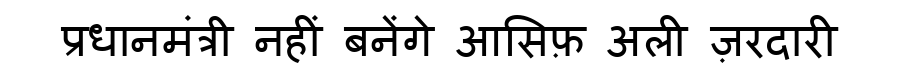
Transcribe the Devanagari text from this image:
प्रधानमंत्री नहीं बनेंगे आसिफ़ अली ज़रदारी